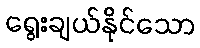
ရွေးချယ်နိုင်သော